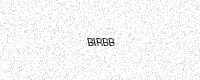
Text: BIRBB